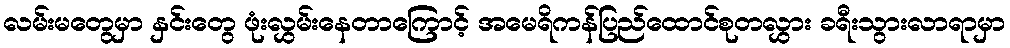
လမ်းမတွေမှာ နှင်းတွေ ဖုံးလွှမ်းနေတာကြောင့် အမေရိကန်ပြည်ထောင်စုတလွှား ခရီးသွားလာရာမှာ